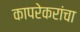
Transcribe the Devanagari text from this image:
कापरेकरांचा